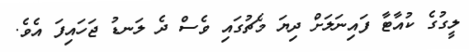
ލީގުގެ ކުއާޓާ ފައިނަލަށް ދިޔަ މެޗުގައި ވެސް ދެ ލަނޑު ޖަހައިފަ އެވެ.